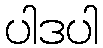
ပါဒပါ